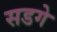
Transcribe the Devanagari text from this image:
सडगे